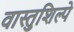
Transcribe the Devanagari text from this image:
वास्तुशिल्पे